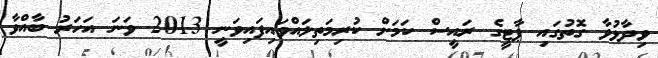
ވިދާޅުވާ ގޮތުގައި ޕާޓީގެ ރައީސް ކަމަށް ކުރިމަތިލައްވައިފައިވަނީ 2013 ވަނަ އަހަރު ބާއްވާ